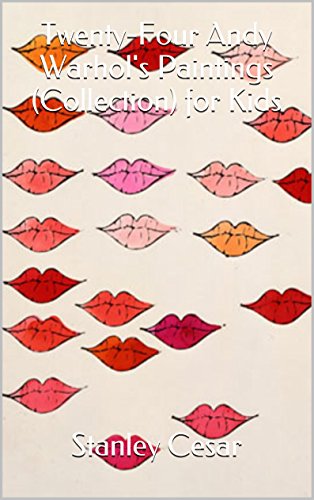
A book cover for Twenty-Four Andy Warhol's Paintings (Collection) for Kids; Stanley Cesar; Sports & Outdoors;